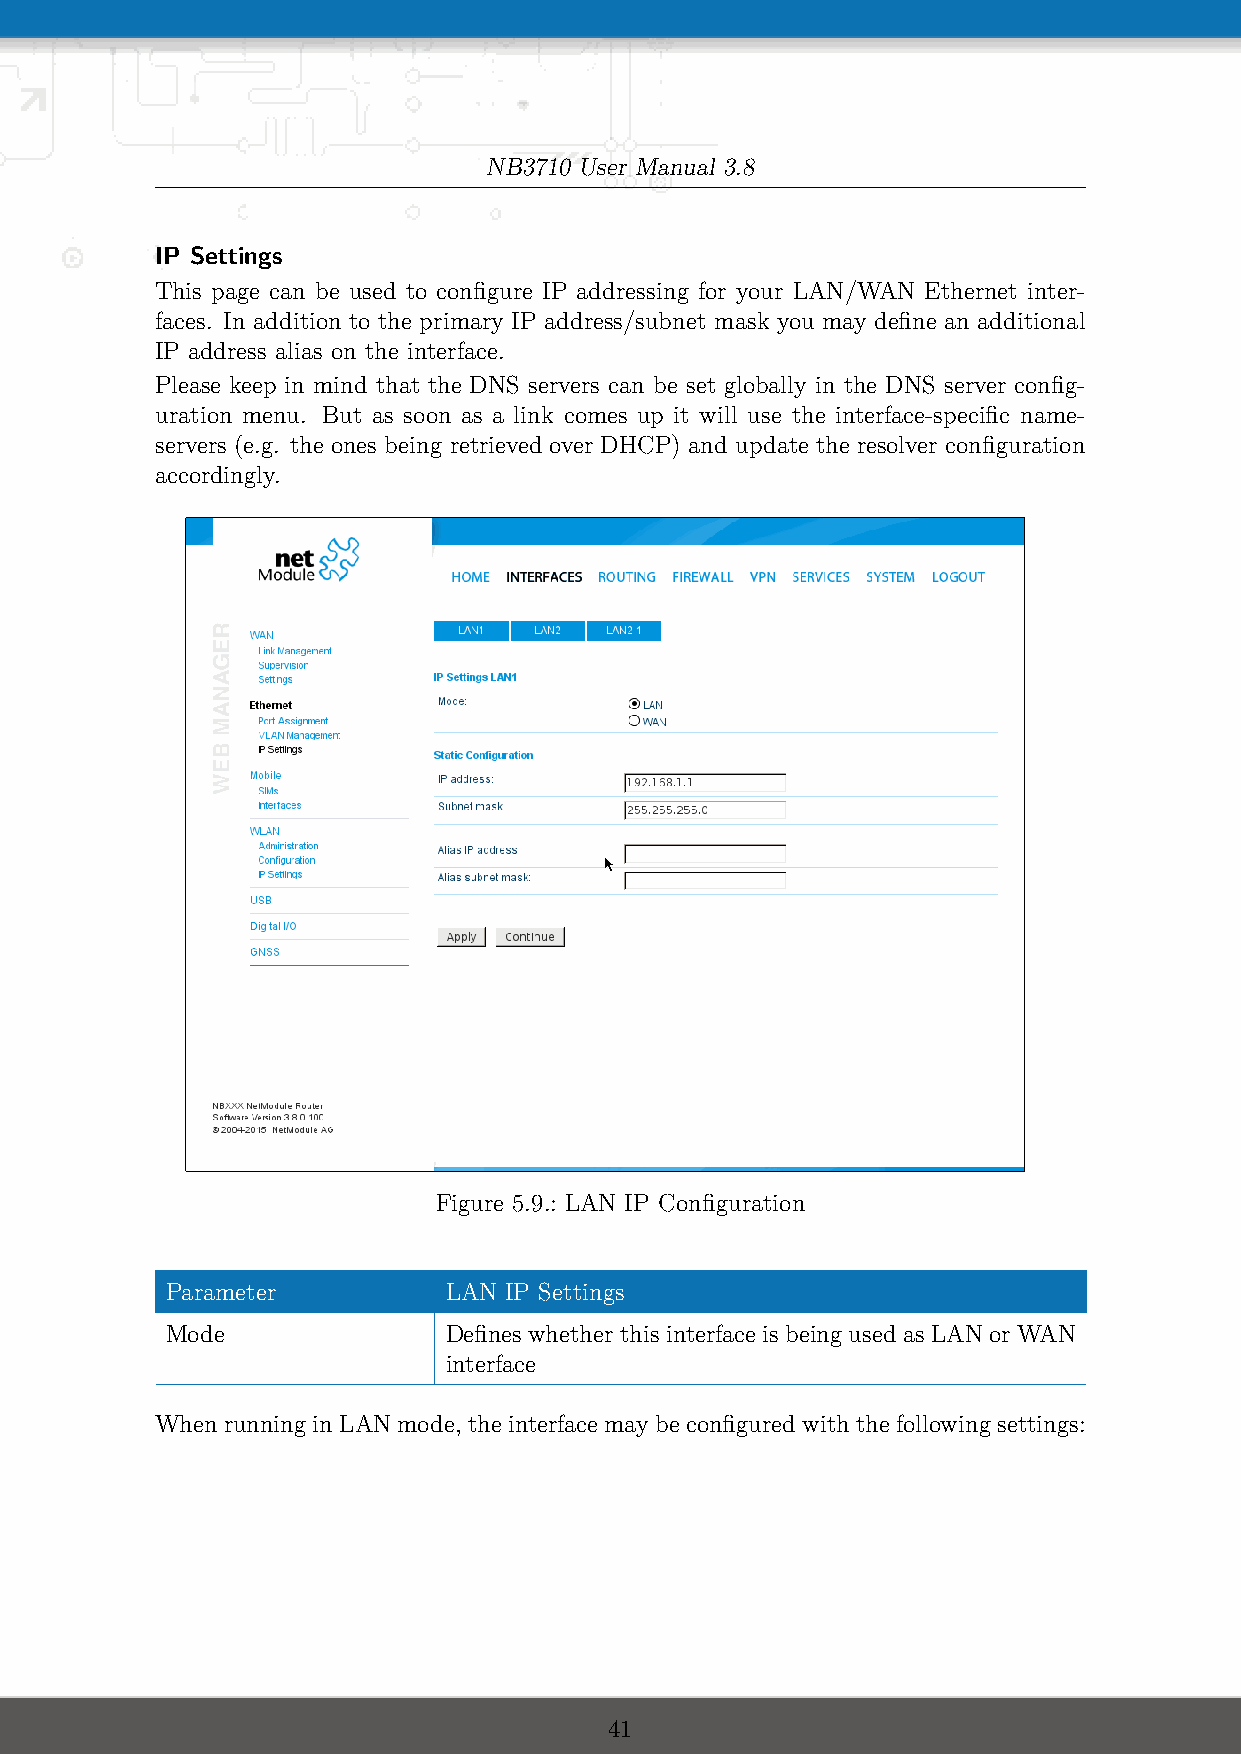
NB3710 User Manual 3.8
 IP Settings
 This page can be used to configure IP addressing for your LAN/WAN Ethernet inter-
 faces. In addition to the primary IP address/subnet mask you may define an additional
 IP address alias on the interface.
 Please keep in mind that the DNS servers can be set globally in the DNS server config-
 uration menu. But as soon as a link comes up it will use the interface-specific name-
 servers (e.g. the ones being retrieved over DHCP) and update the resolver configuration
 accordingly.
 Figure 5.9.: LAN IP Configuration
 Parameter         LAN IP Settings
 Mode              DefineswhetherthisinterfaceisbeingusedasLANorWAN
 interface
 WhenrunninginLANmode, theinterfacemaybeconfiguredwiththefollowingsettings:
 41